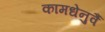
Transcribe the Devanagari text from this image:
कामधेनुर्वै